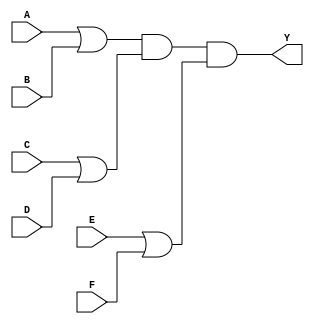
module pos_simplification (
    input wire A,
    input wire B,
    input wire C,
    input wire D,
    input wire E,
    input wire F,
    output wire Y
);

// Define the sum terms
wire sum1; // Represents (A + B)
wire sum2; // Represents (C + D)
wire sum3; // Represents (E + F)

// Implement the sum terms using OR gates
assign sum1 = A | B; // (A + B)
assign sum2 = C | D; // (C + D)
assign sum3 = E | F; // (E + F)

// Implement the product term using AND gate
assign Y = sum1 & sum2 & sum3; // (A + B)(C + D)(E + F)

endmodule